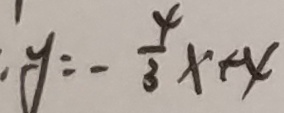
y = - \frac { 4 } { 3 } x + 4